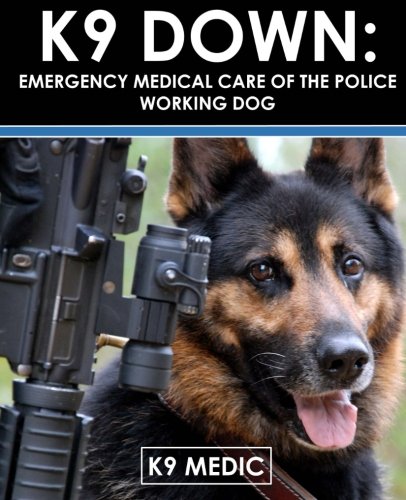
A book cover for K9 Down: Emergency Medical Care Of The Police Working Dog; K9 Medic; Medical Books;